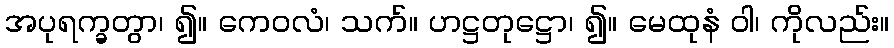
အပုရက္ခတွာ၊ ၍။ ကေဝလံ၊ သက်။ ဟဋ္ဌတုဋ္ဌော၊ ၍။ မေထုနံ ဝါ၊ ကိုလည်း။